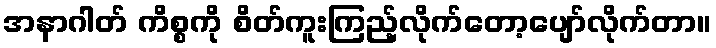
အနာဂါတ် ကိစ္စကို စိတ်ကူးကြည့်လိုက်တော့ပျော်လိုက်တာ။